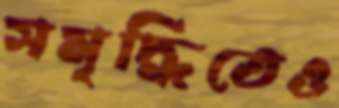
সমৃদ্ধিতেও